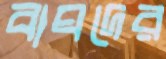
বাঘদের